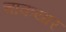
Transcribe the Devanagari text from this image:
चाकयार